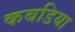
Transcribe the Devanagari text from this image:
कबडिया